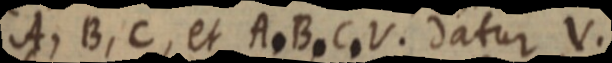
A, B, C, et A. B. C. V. datur V.